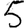
Digit: 5